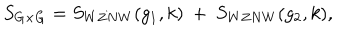
LaTeX: S _ { G \times G } = S _ { W Z N W } ( g _ { 1 } , k ) ~ + ~ S _ { W Z N W } ( g _ { 2 } , k ) ,